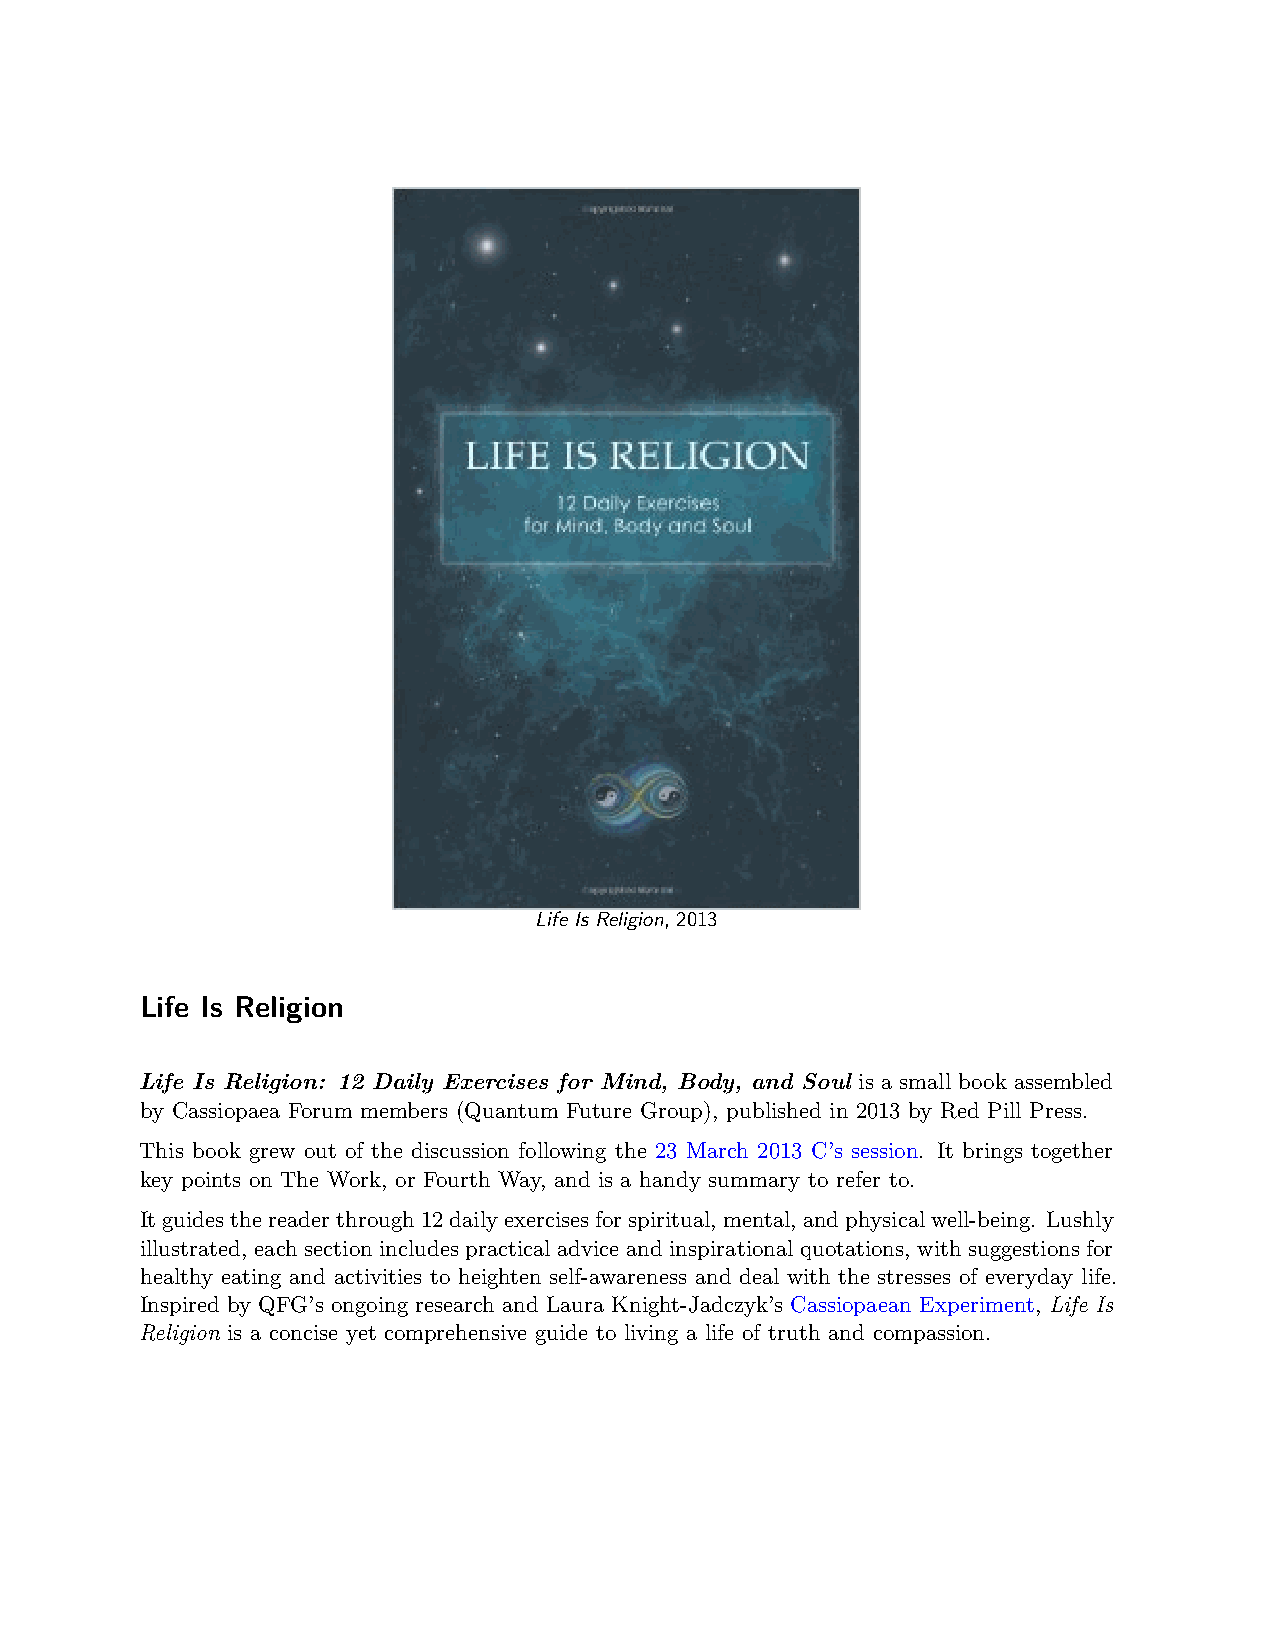
Life Is Religion, 2013
 Life Is Religion
 Life Is Religion: 12 Daily Exercises for Mind, Body, and Soul is a small book assembled
 by Cassiopaea Forum members (Quantum Future Group), published in 2013 by Red Pill Press.
 This book grew out of the discussion following the 23 March 2013 C’s session. It brings together
 key points on The Work, or Fourth Way, and is a handy summary to refer to.
 Itguidesthereaderthrough12dailyexercisesforspiritual,mental,andphysicalwell-being. Lushly
 illustrated, each section includes practical advice and inspirational quotations, with suggestions for
 healthy eating and activities to heighten self-awareness and deal with the stresses of everyday life.
 Inspired by QFG’s ongoing research and Laura Knight-Jadczyk’s Cassiopaean Experiment, Life Is
 Religion is a concise yet comprehensive guide to living a life of truth and compassion.